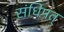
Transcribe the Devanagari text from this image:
संधिमत्